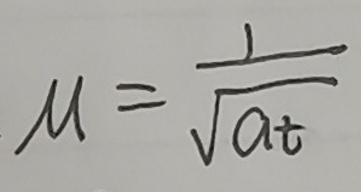
\[
\mu = \frac{1}{\sqrt{a t}}
\]